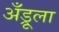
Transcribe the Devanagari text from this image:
अँड्रूला